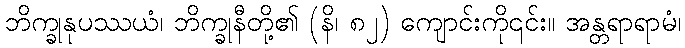
ဘိက္ခုနုပဿယံ၊ ဘိက္ခုနီတို့၏ (နိ၊ ၈၂) ကျောင်းကို၎င်း။ အန္တရာရာမံ၊